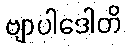
ဗျာပါဒေါတိ